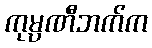
ကုမ္ပဏီဘက်က